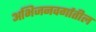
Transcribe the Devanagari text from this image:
अभिजनवर्गातील